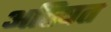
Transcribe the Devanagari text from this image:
अतिषत